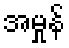
အမှုန်